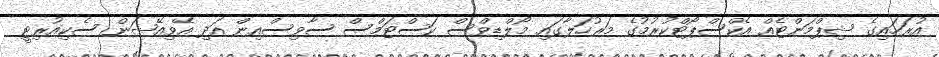
އުރަހައިގެ ޝިޕްމަންޓެއް އެކްސްޕޯޓްކުރުމުގެ މަރުހަލާގައި މޯލްޑިވްސް ކަސްޓަމްސް ސާވިސްއިން އަދި އޭވިއޭޝަން ސެކިއުރިޓީ